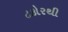
ટકોરથી